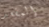
المقعد